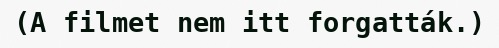
(A filmet nem itt forgatták.)